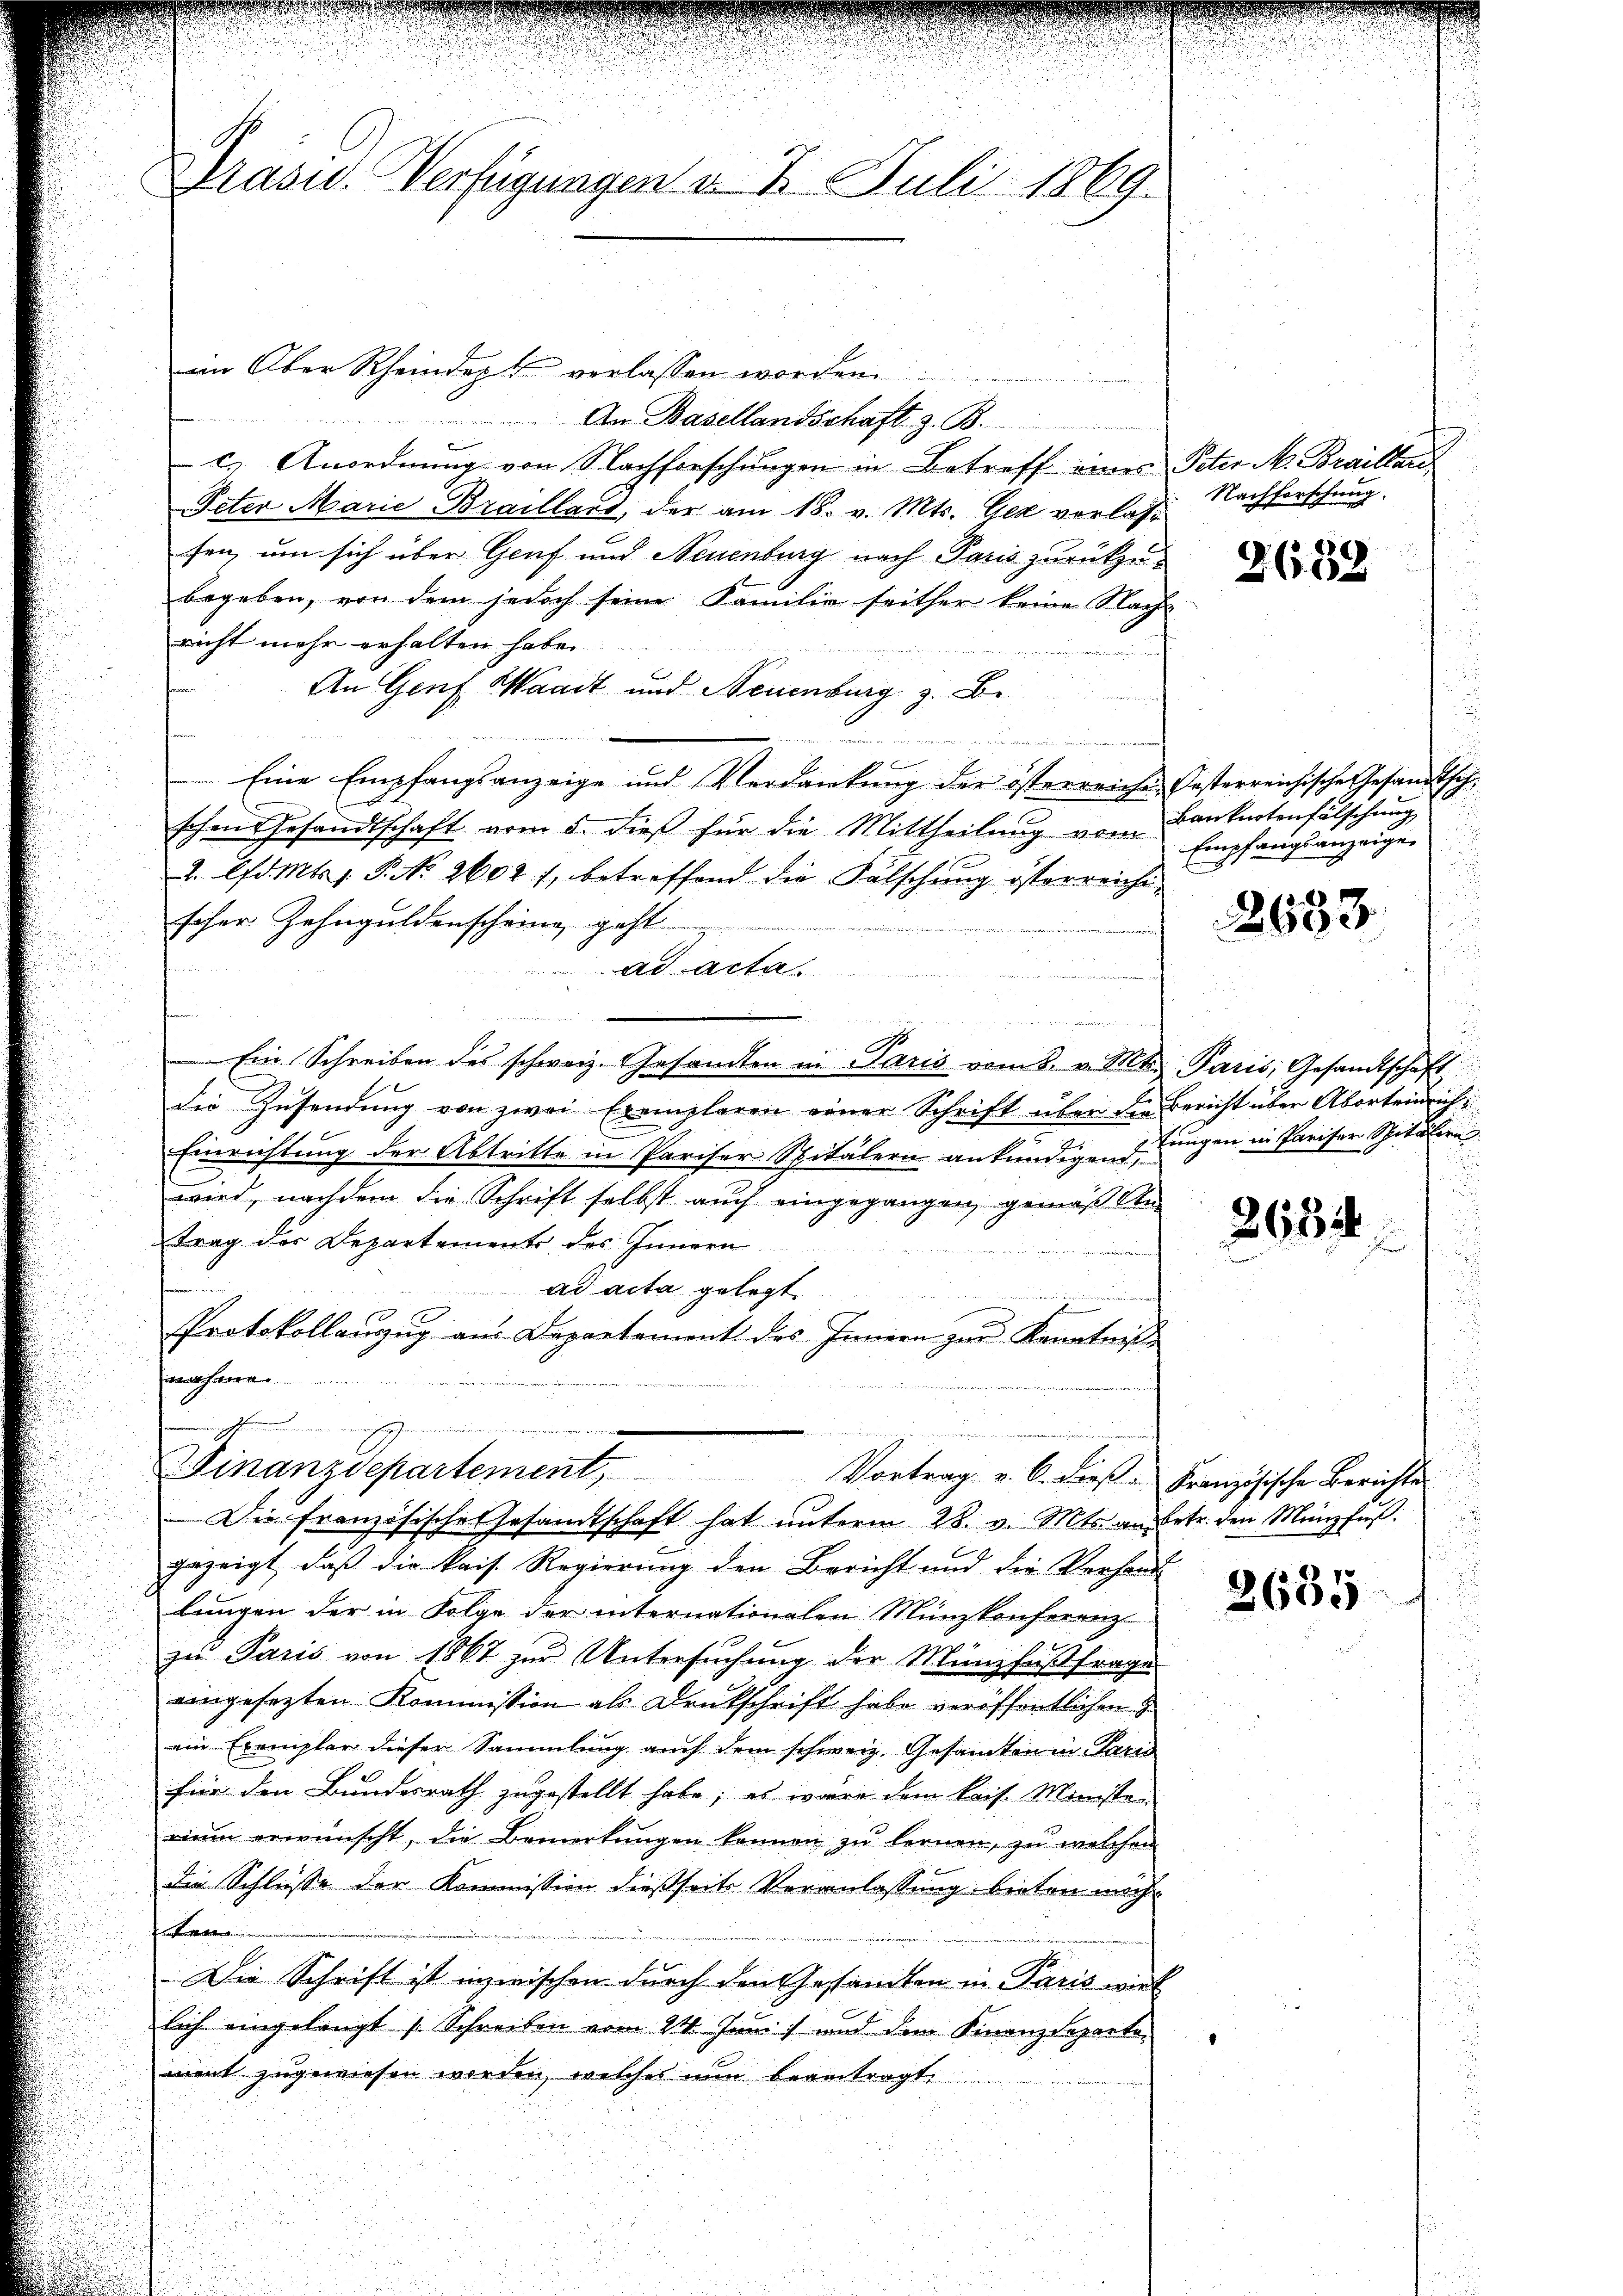
Brasid. Verfügungen v. 2. Juli 1869.

im Ober Rheindept verlassen worden.
2
An Basellandschaft z. B.
r
c. Anordnung von Nachforschungen in Betroff eines Peter M. Braillari
Peter Marie Braillard, der am 18. v. Mts. Gez vorlassen, um sich über Genf und Neuenburg nach Paris zurückzubegeben, von dem jedoch seine Familie seither keine Nach-
nicht mehr erhalten habe.
An Genf Waadt und Neuenburg z. B.
 gegen könn
Eine Empfangsanzeige und Verdankung der österreiche Oesterreichische Gesandtsche
schen Gesandtschaft vom 5. dieß für die Mittheilung vom
2. lfd. Mts. 1. P. No 2604, betreffend die Fälschung österreiche
scher Zehnguldenscheine geht
r
ad acta.
d
n
s
x
Ein Schreiben des schweiz. Gesandten in Paris vom 8. v. M. Paris, Gesandtschaft
die Zusendung von zwei Exemplaren einer Schrift über die Bericht über Aborteinrich
Einrichtung der Abtritte in Pariser Spitälern ankündigend Lungen in Pariser Spitälern
wird, nachdem die Schrift selbst auch eingegangen, gemäß An
trag des Departements des Innern
2
ad acta gelegt
Protokollanzug aus Departement des Innern zur Kenntniß
marharre
.
Finanzdepartement, Vortrag v. 6. dieß. Französische Berichtes
Die Französische Gesandtschaft hat unterm 28. v. Mts. anbetr. den Münzfuß.
gezeigt, daß die kais. Regierung den Bericht und die Vorhand
lungen der in Folge der internationalen Münzkonferenz
zu Paris von 1867 zur Untersuchung der Münzfußfrage
eingesezten Kommission als Denkschrift habe veröffentlichen
ein Exemplar dieser Sammlung auch dem schweiz. Gesamten in Paris
für den Bundesrath zugestellt habe; es wäre dem kais. Ministen
rium erwünscht, die Bemerkungen können zu lernen, zu welchen
die Schlüsse der Kommission dießseits Veranlassung bieten möcht
.
Die Schrift ist inzwischen durch den Gesandten in Paris wirk
lich eingelangt (Schreiben vom 24. Juni, und dem Finanzdeparte-
ment zugewiesen worden, welches nun beantragt.

Nachforschung.

2639

Banknotenfälschung
u
Empfangsanzeigen

2633.

d

2633.

2635